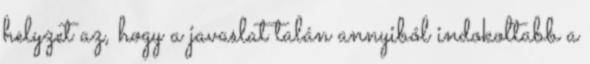
helyzet az, hogy a javaslat talán annyiból indokoltabb a